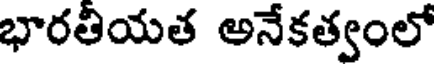
భారతీయత అనేకత్వంలో